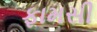
ફામસી